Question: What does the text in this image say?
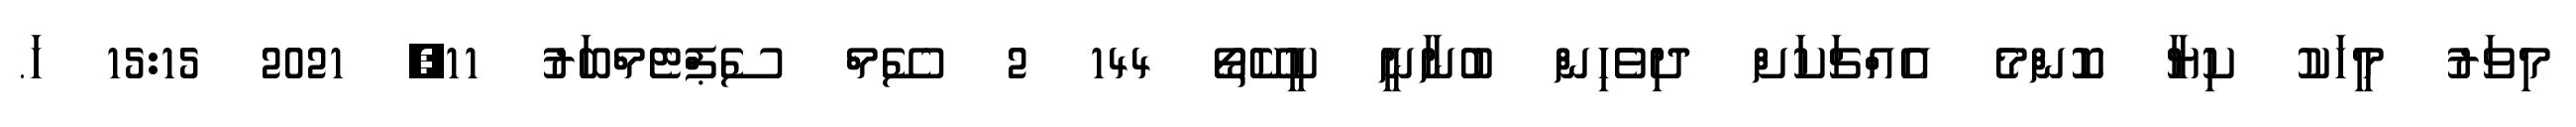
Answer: މިވަރު މީހަކު ކިޔާ ކޮންމެ އެއްޗަކަށް ދިވެހިން ބުނާނީ ކީކޭތޯ 144 2 ސޭމް ސެޕްޓެމްބަރު 11, 2021 15:15 ހަ.